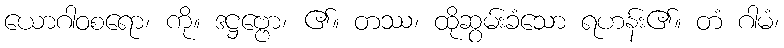
ယောဂါဝစရော၊ ကို။ ဒဋ္ဌဗ္ဗော၊ ၏။ တဿ၊ ထိုဆွမ်းခံသော ရဟန်း၏။ တံ ဂါမံ၊